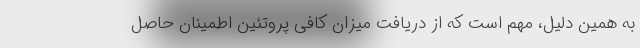
به همین دلیل، مهم است که از دریافت میزان کافی پروتئین اطمینان حاصل